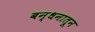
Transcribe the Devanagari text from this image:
बन्धनातून